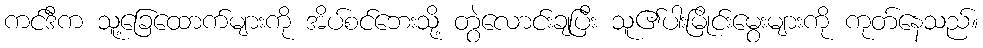
ကင်ဒီက သူ့ခြေထောက်များကို အိပ်စင်ဘေးသို့ တွဲလောင်းချပြီး သူ၏ပါးမြိုင်းမွေးများကို ကုတ်နေသည်။